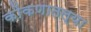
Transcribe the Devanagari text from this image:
कोंकणातल्या